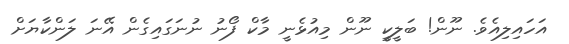
އަހައިލިއެވެ. ނޫން! ބަލީކީ ނޫން މިއުޅެނީ މާކް ފޯނު ނުނަގައިގެން އޭނަ ލަންކާޔަށް